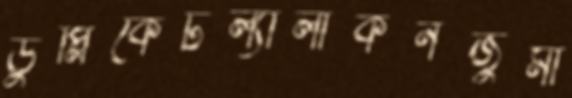
ডুপ্লিকেটল্যালাকনজুমা